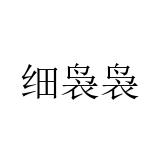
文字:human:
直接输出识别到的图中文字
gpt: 细袅袅